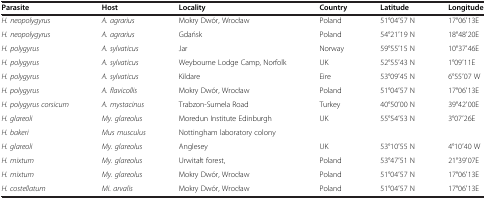
<table><thead><tr><td><b>Parasite</b></td><td><b>Host</b></td><td><b>Locality</b></td><td><b>Country</b></td><td><b>Latitude</b></td><td><b>Longitude</b></td></tr></thead><tbody><tr><td><i>H. neopolygyrus</i></td><td><i>A. agrarius</i></td><td>Mokry Dwór, Wrocław</td><td>Poland</td><td>51°04′57 N</td><td>17°06′13E</td></tr><tr><td><i>H. neopolygyrus</i></td><td><i>A. agrarius</i></td><td>Gdańsk</td><td>Poland</td><td>54°21′19 N</td><td>18°48′20E</td></tr><tr><td><i>H. polygyrus</i></td><td><i>A. sylvaticus</i></td><td>Jar</td><td>Norway</td><td>59°55′15 N</td><td>10°37′46E</td></tr><tr><td><i>H. polygyrus</i></td><td><i>A. sylvaticus</i></td><td>Weybourne Lodge Camp, Norfolk</td><td>UK</td><td>52°55′43 N</td><td>1°09′11E</td></tr><tr><td><i>H. polygyrus</i></td><td><i>A. sylvaticus</i></td><td>Kildare</td><td>Eire</td><td>53°09′45 N</td><td>6°55′07 W</td></tr><tr><td><i>H. polygyrus</i></td><td><i>A. flavicollis</i></td><td>Mokry Dwór, Wrocław</td><td>Poland</td><td>51°04′57 N</td><td>17°06′13E</td></tr><tr><td><i>H. polygyrus corsicum</i></td><td><i>A. mystacinus</i></td><td>Trabzon-Sumela Road</td><td>Turkey</td><td>40°50′00 N</td><td>39°42′00E</td></tr><tr><td><i>H. glareoli</i></td><td><i>My. glareolus</i></td><td>Moredun Institute Edinburgh</td><td>UK</td><td>55°54′53 N</td><td>3°07′26E</td></tr><tr><td><i>H. bakeri</i></td><td><i>Mus musculus</i></td><td>Nottingham laboratory colony</td><td></td><td></td><td></td></tr><tr><td><i>H. glareoli</i></td><td><i>My. glareolus</i></td><td>Anglesey</td><td>UK</td><td>53°10′55 N</td><td>4°10′40 W</td></tr><tr><td><i>H. mixtum</i></td><td><i>My. glareolus</i></td><td>Urwitałt forest,</td><td>Poland</td><td>53°47′51 N</td><td>21°39′07E</td></tr><tr><td><i>H. mixtum</i></td><td><i>My. glareolus</i></td><td>Mokry Dwór, Wrocław</td><td>Poland</td><td>51°04′57 N</td><td>17°06′13E</td></tr><tr><td><i>H. costellatum</i></td><td><i>Mi. arvalis</i></td><td>Mokry Dwór, Wrocław</td><td>Poland</td><td>51°04′57 N</td><td>17°06′13E</td></tr></tbody></table>